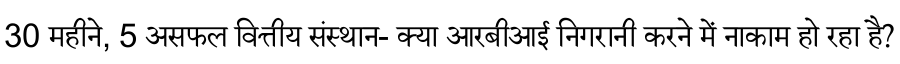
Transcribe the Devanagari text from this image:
30 महीने, 5 असफल वित्तीय संस्थान- क्या आरबीआई निगरानी करने में नाकाम हो रहा है?